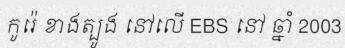
កូរ៉េ ខាងត្បូង នៅលើ EBS នៅ ឆ្នាំ 2003